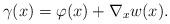
LaTeX: \begin{align*} \gamma(x)=\varphi(x) + \nabla_x w(x).\end{align*}